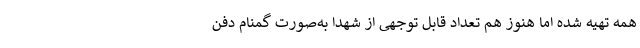
همه تهیه شده اما هنوز هم تعداد قابل توجهی از شهدا به‌صورت گمنام دفن